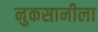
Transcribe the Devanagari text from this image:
नुकसानीला